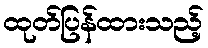
ထုတ်ပြန်ထားသည့်